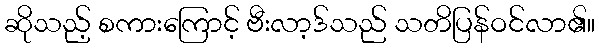
ဆိုသည့် စကားကြောင့် ဗီးလာ့ဒ်သည် သတိပြန်ဝင်လာ၏။